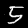
Digit: 5